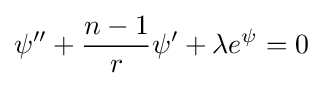
\psi ''+{\frac {n-1}{r}}\psi '+\lambda e^{\psi }=0